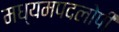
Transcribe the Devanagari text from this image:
मध्यमपदलोपी